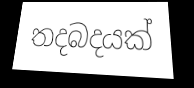
තදබදයක්